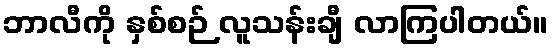
ဘာလီကို နှစ်စဉ် လူသန်းချီ လာကြပါတယ်။